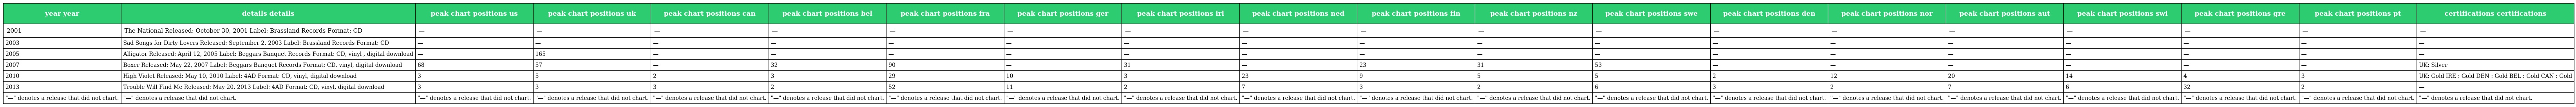
| year year | details details | peak chart positions us | peak chart positions uk | peak chart positions can | peak chart positions bel | peak chart positions fra | peak chart positions ger | peak chart positions irl | peak chart positions ned | peak chart positions fin | peak chart positions nz | peak chart positions swe | peak chart positions den | peak chart positions nor | peak chart positions aut | peak chart positions swi | peak chart positions gre | peak chart positions pt | certifications certifications |
 | --- | --- | --- | --- | --- | --- | --- | --- | --- | --- | --- | --- | --- | --- | --- | --- | --- | --- | --- | --- |
 | 2001 | The National Released: October 30, 2001 Label: Brassland Records Format: CD | — | — | — | — | — | — | — | — | — | — | — | — | — | — | — | — | — | — |
 | 2003 | Sad Songs for Dirty Lovers Released: September 2, 2003 Label: Brassland Records Format: CD | — | — | — | — | — | — | — | — | — | — | — | — | — | — | — | — | — | — |
 | 2005 | Alligator Released: April 12, 2005 Label: Beggars Banquet Records Format: CD, vinyl , digital download | — | 165 | — | — | — | — | — | — | — | — | — | — | — | — | — | — | — | — |
 | 2007 | Boxer Released: May 22, 2007 Label: Beggars Banquet Records Format: CD, vinyl, digital download | 68 | 57 | — | 32 | 90 | — | 31 | — | 23 | 31 | 53 | — | — | — | — | — | — | UK: Silver |
 | 2010 | High Violet Released: May 10, 2010 Label: 4AD Format: CD, vinyl, digital download | 3 | 5 | 2 | 3 | 29 | 10 | 3 | 23 | 9 | 5 | 5 | 2 | 12 | 20 | 14 | 4 | 3 | UK: Gold IRE : Gold DEN : Gold BEL : Gold CAN : Gold |
 | 2013 | Trouble Will Find Me Released: May 20, 2013 Label: 4AD Format: CD, vinyl, digital download | 3 | 3 | 3 | 2 | 52 | 11 | 2 | 7 | 3 | 2 | 6 | 3 | 2 | 7 | 6 | 32 | 2 | — |
 | "—" denotes a release that did not chart. | "—" denotes a release that did not chart. | "—" denotes a release that did not chart. | "—" denotes a release that did not chart. | "—" denotes a release that did not chart. | "—" denotes a release that did not chart. | "—" denotes a release that did not chart. | "—" denotes a release that did not chart. | "—" denotes a release that did not chart. | "—" denotes a release that did not chart. | "—" denotes a release that did not chart. | "—" denotes a release that did not chart. | "—" denotes a release that did not chart. | "—" denotes a release that did not chart. | "—" denotes a release that did not chart. | "—" denotes a release that did not chart. | "—" denotes a release that did not chart. | "—" denotes a release that did not chart. | "—" denotes a release that did not chart. | "—" denotes a release that did not chart. |